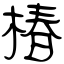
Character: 椿